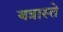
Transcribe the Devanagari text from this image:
यत्रास्ते